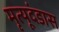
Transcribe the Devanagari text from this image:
मृत्यूदंडास